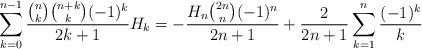
LaTeX: \begin{align*} \sum_{k=0}^{n-1}\frac{\binom nk\binom{n+k}k(-1)^k}{2k+1}H_k=-\frac{H_n\binom{2n}n(-1)^n}{2n+1}+\frac{2}{2n+1}\sum_{k=1}^n\frac{(-1)^k}k \end{align*}